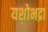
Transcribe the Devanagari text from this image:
यशोभद्रा